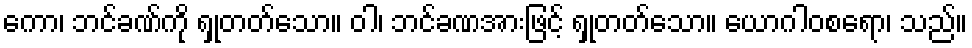
ကော၊ ဘင်ခဏ်ကို ရှုတတ်သော။ ဝါ၊ ဘင်ခဏအားဖြင့် ရှုတတ်သော။ ယောဂါဝစရော၊ သည်။